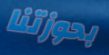
بحوزتنا